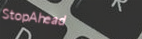
StopAhead